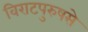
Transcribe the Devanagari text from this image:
विराटपुरुषसे